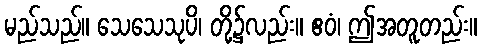
မည်သည်။ သေသေသုပိ၊ တို့၌လည်း။ ဧဝံ၊ ဤအတူတည်း။